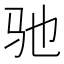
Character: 驰